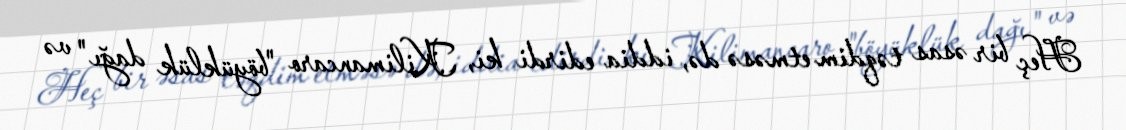
Heç bir əsas təqdim etməsə də, iddia edirdi ki, Kilimancaro "böyüklük dağı" və